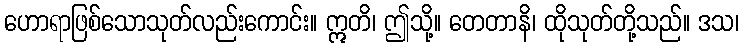
ဟောရာဖြစ်သောသုတ်လည်းကောင်း။ ဣတိ၊ ဤသို့။ တေတာနိ၊ ထိုသုတ်တို့သည်။ ဒသ၊